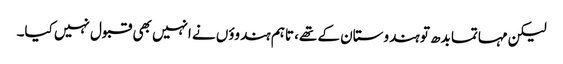
لیکن مہاتما بدھ تو ہندوستان کے تھے، تاہم ہندوؤں نے انہیں بھی قبول نہیں کیا۔